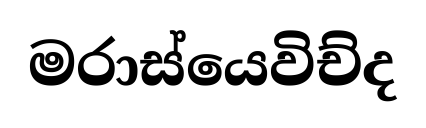
මරාස්යෙවිච්ද